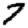
Digit: 7